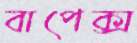
বাপেক্স